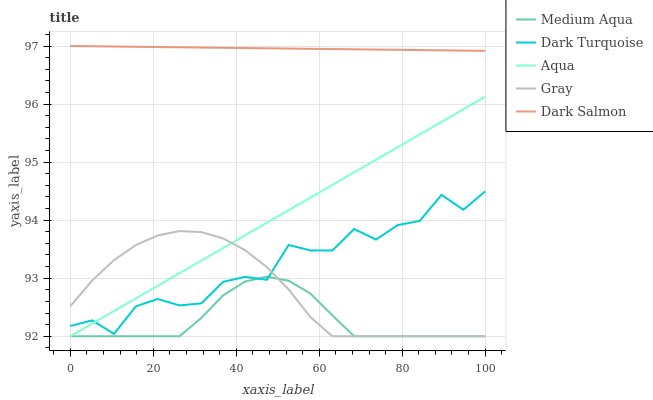
| xaxis_label | Medium Aqua | Dark Turquoise | Aqua | Gray | Dark Salmon |
 | --- | --- | --- | --- | --- | --- |
 | 0 | 92 | 92.2 | 92 | 92.5 | 97 |
 | 5.26 | 92 | 92.3 | 92.2 | 93 | 97 |
 | 10.5 | 92 | 92 | 92.4 | 93.3 | 97 |
 | 15.8 | 92 | 92.5 | 92.7 | 93.6 | 97 |
 | 21.1 | 92 | 92.6 | 92.9 | 93.7 | 97 |
 | 26.3 | 92 | 92.5 | 93.1 | 93.8 | 97 |
 | 31.6 | 92.3 | 92.6 | 93.3 | 93.8 | 97 |
 | 36.8 | 92.7 | 92.9 | 93.5 | 93.7 | 97 |
 | 42.1 | 92.9 | 93 | 93.7 | 93.5 | 97 |
 | 47.4 | 93 | 93 | 94 | 93.2 | 97 |
 | 52.6 | 93 | 93.6 | 94.2 | 92.8 | 97 |
 | 57.9 | 92.7 | 93.5 | 94.4 | 92.3 | 97 |
 | 63.2 | 92.4 | 93.5 | 94.6 | 92 | 96.9 |
 | 68.4 | 92 | 93.8 | 94.8 | 92 | 96.9 |
 | 73.7 | 92 | 93.7 | 95 | 92 | 96.9 |
 | 78.9 | 92 | 93.9 | 95.3 | 92 | 96.9 |
 | 84.2 | 92 | 94 | 95.5 | 92 | 96.9 |
 | 89.5 | 92 | 94.4 | 95.7 | 92 | 96.9 |
 | 94.7 | 92 | 94.2 | 95.9 | 92 | 96.9 |
 | 100 | 92 | 94.5 | 96.1 | 92 | 96.9 |